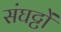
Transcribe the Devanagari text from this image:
संघट्टों